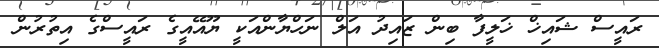
ރައީސް ޝައިޚް ޚަލީފާ ބިން ޒައިދު އަލް ނަހްޔާންއަކީ ޔޫއޭއީގެ ރައީސްގެ އިތުރުން